画像に写った文字を読んでください
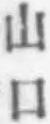
「山口」と書いてあります